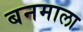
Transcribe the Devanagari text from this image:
बनमाला